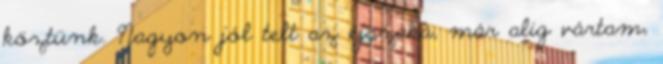
köztünk. Nagyon jól telt az éjszaka, már alig vártam,